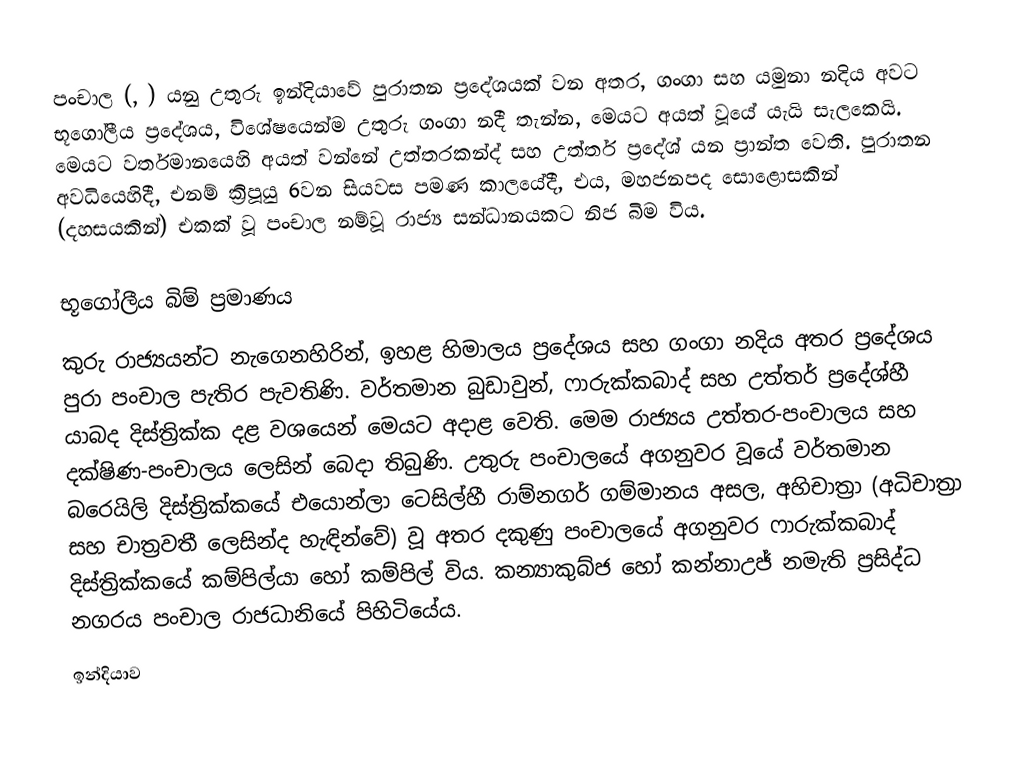
පංචාල (, ) යනු උතුරු ඉන්දියාවේ පුරාතන ප්‍රදේශයක් වන අතර, ගංගා සහ යමුනා නදිය අවට භූගෝලීය ප්‍රදේශය, විශේෂයෙන්ම උතුරු ගංගා නදී තැන්න, මෙයට අයත් වූයේ යැයි සැලකෙයි. මෙයට වර්තමානයෙහි අයත් වන්නේ  උත්තරකන්ද් සහ  උත්තර්  ප්‍රදේශ් යන ප්‍රාන්ත වෙති. පුරාතන අවධියෙහිදී, එනම් ක්‍රිපූයු 6වන සියවස පමණ කාලයේදී,  එය,   මහජනපද සොළොසකින් (දහසයකින්)  එකක් වූ පංචාල  නම්වූ රාජ්‍ය සන්ධානයකට නිජ බිම විය.

භූගෝලීය බිම් ප්‍රමාණය
කුරු රාජ්‍යයන්ට නැගෙනහිරින්, ඉහළ හිමාලය ප්‍රදේශය සහ ගංගා නදිය අතර ප්‍රදේශය පුරා පංචාල පැතිර පැවතිණි. වර්තමාන  බුඩාවුන්, ෆාරුක්කබාද් සහ  උත්තර් ප්‍රදේශ්හී යාබද දිස්ත්‍රික්ක දළ වශයෙන් මෙයට අදාළ වෙති. මෙම රාජ්‍යය උත්තර-පංචාලය සහ දක්ෂිණ-පංචාලය ලෙසින් බෙදා තිබුණි. උතුරු පංචාලයේ අගනුවර වූයේ වර්තමාන බරෙයිලි දිස්ත්‍රික්කයේ එයොන්ලා ටෙසිල්හී රාම්නගර් ගම්මානය අසල, අහිචාත්‍රා (අධිචාත්‍රා සහ චාත්‍රවතී ලෙසින්ද හැඳින්වේ) වූ අතර දකුණු පංචාලයේ අගනුවර  ෆාරුක්කබාද් දිස්ත්‍රික්කයේ  කම්පිල්යා හෝ  කම්පිල් විය. කන්‍යාකුබ්ජ හෝ කන්නාඋජ් නමැති ප්‍රසිද්ධ නගරය පංචාල රාජධානියේ පිහිටියේය.
ඉන්දියාව